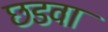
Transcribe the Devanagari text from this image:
छडवा